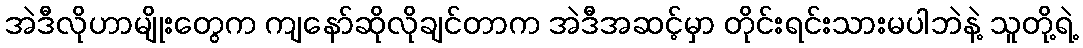
အဲဒီလိုဟာမျိုးတွေက ကျနော်ဆိုလိုချင်တာက အဲဒီအဆင့်မှာ တိုင်းရင်းသားမပါဘဲနဲ့ သူတို့ရဲ့